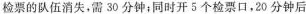
检票的队伍消失。需30分钟；同时开5个检票口，20分钟后